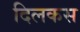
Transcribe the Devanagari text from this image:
दिलकस